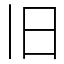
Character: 旧